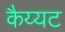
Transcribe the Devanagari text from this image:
कैय्यट